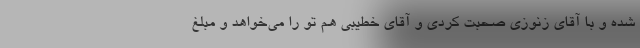
شده و با آقای زنوزی صحبت کردی و آقای خطیبی هم تو را می‌خواهد و مبلغ